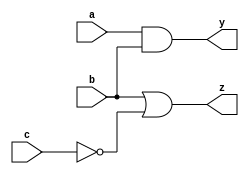
module combinational_logic (
    input wire a,      // First input signal
    input wire b,      // Second input signal
    input wire c,      // Third input signal
    output reg y,      // Output signal
    output reg z       // Another output signal
);

    // Combinational logic block
    always @(*) begin
        // Example logic: y is the AND of a and b, z is the OR of (b and NOT c)
        y = a & b;           // Logical AND
        z = b | ~c;          // Logical OR with NOT
    end

endmodule